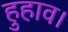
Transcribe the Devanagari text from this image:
हुहाव।